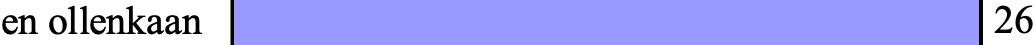
en ollenkaan                     26